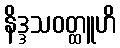
နိဒ္ဒသဝတ္ထူဟိ